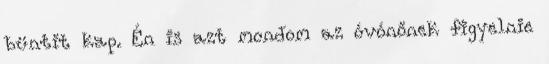
büntit kap. Én is azt mondom az óvónőnek figyelnie